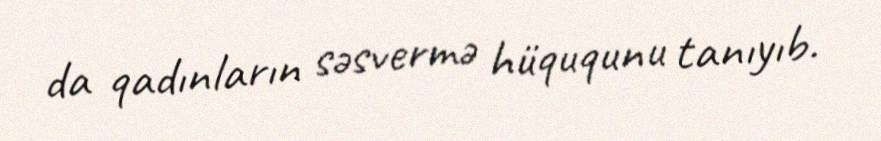
da qadınların səsvermə hüququnu tanıyıb.